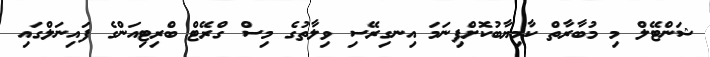
ޝަންޓޭލް މި މުބާރާތް ކާމިޔާބުކޮށްފިނަމަ އިނގިރޭސި ވިލާތުގެ މިސް ގްރޭޓް ބްރިޓިއަންގެ ފައިނަލްގައި